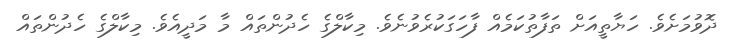
ދޮވުމަށެވެ. ހަޔާތީއަށް ތަފާތުކަމެއް ފާހަގަކުރެވުނެވެ. މިކާލްގެ ހެދުންތައް މާ މަދީއެވެ. މިކާލްގެ ހެދުންތައް